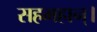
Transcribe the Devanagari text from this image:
सहमहान्।